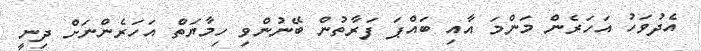
އެދުވަހު އަހަރެން މަންމަ އާއި ބައްޕަ ފަރާތުން ބޭނުންވި ހިމާޔަތް އަހަރެންނަށް ދިނީ